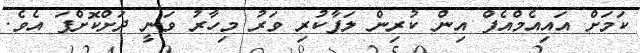
ކަމަށް އައިއެމްއެފް އިން ކުރިން ލަފާކުރި ވަރު މިހާރު ވަނީ ދަށްކޮށްފަ އެވެ.